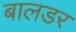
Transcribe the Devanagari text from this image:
बालडर